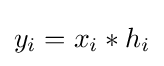
y_{i}=x_{i}*h_{i}